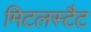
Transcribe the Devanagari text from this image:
मिटलस्टैट